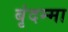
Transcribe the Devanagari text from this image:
बृंदम्मा